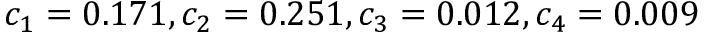
c _ { 1 } = 0 . 1 7 1 , c _ { 2 } = 0 . 2 5 1 , c _ { 3 } = 0 . 0 1 2 , c _ { 4 } = 0 . 0 0 9